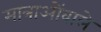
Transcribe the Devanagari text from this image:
मात्राओंवाले